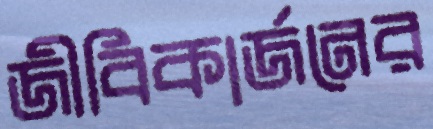
জীবিকার্জনের